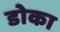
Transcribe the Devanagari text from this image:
डोका